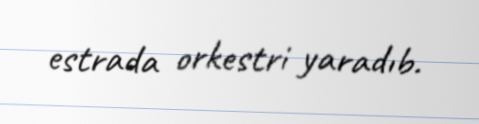
estrada orkestri yaradıb.